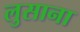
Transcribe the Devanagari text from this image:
लुसाना